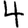
Digit: 4